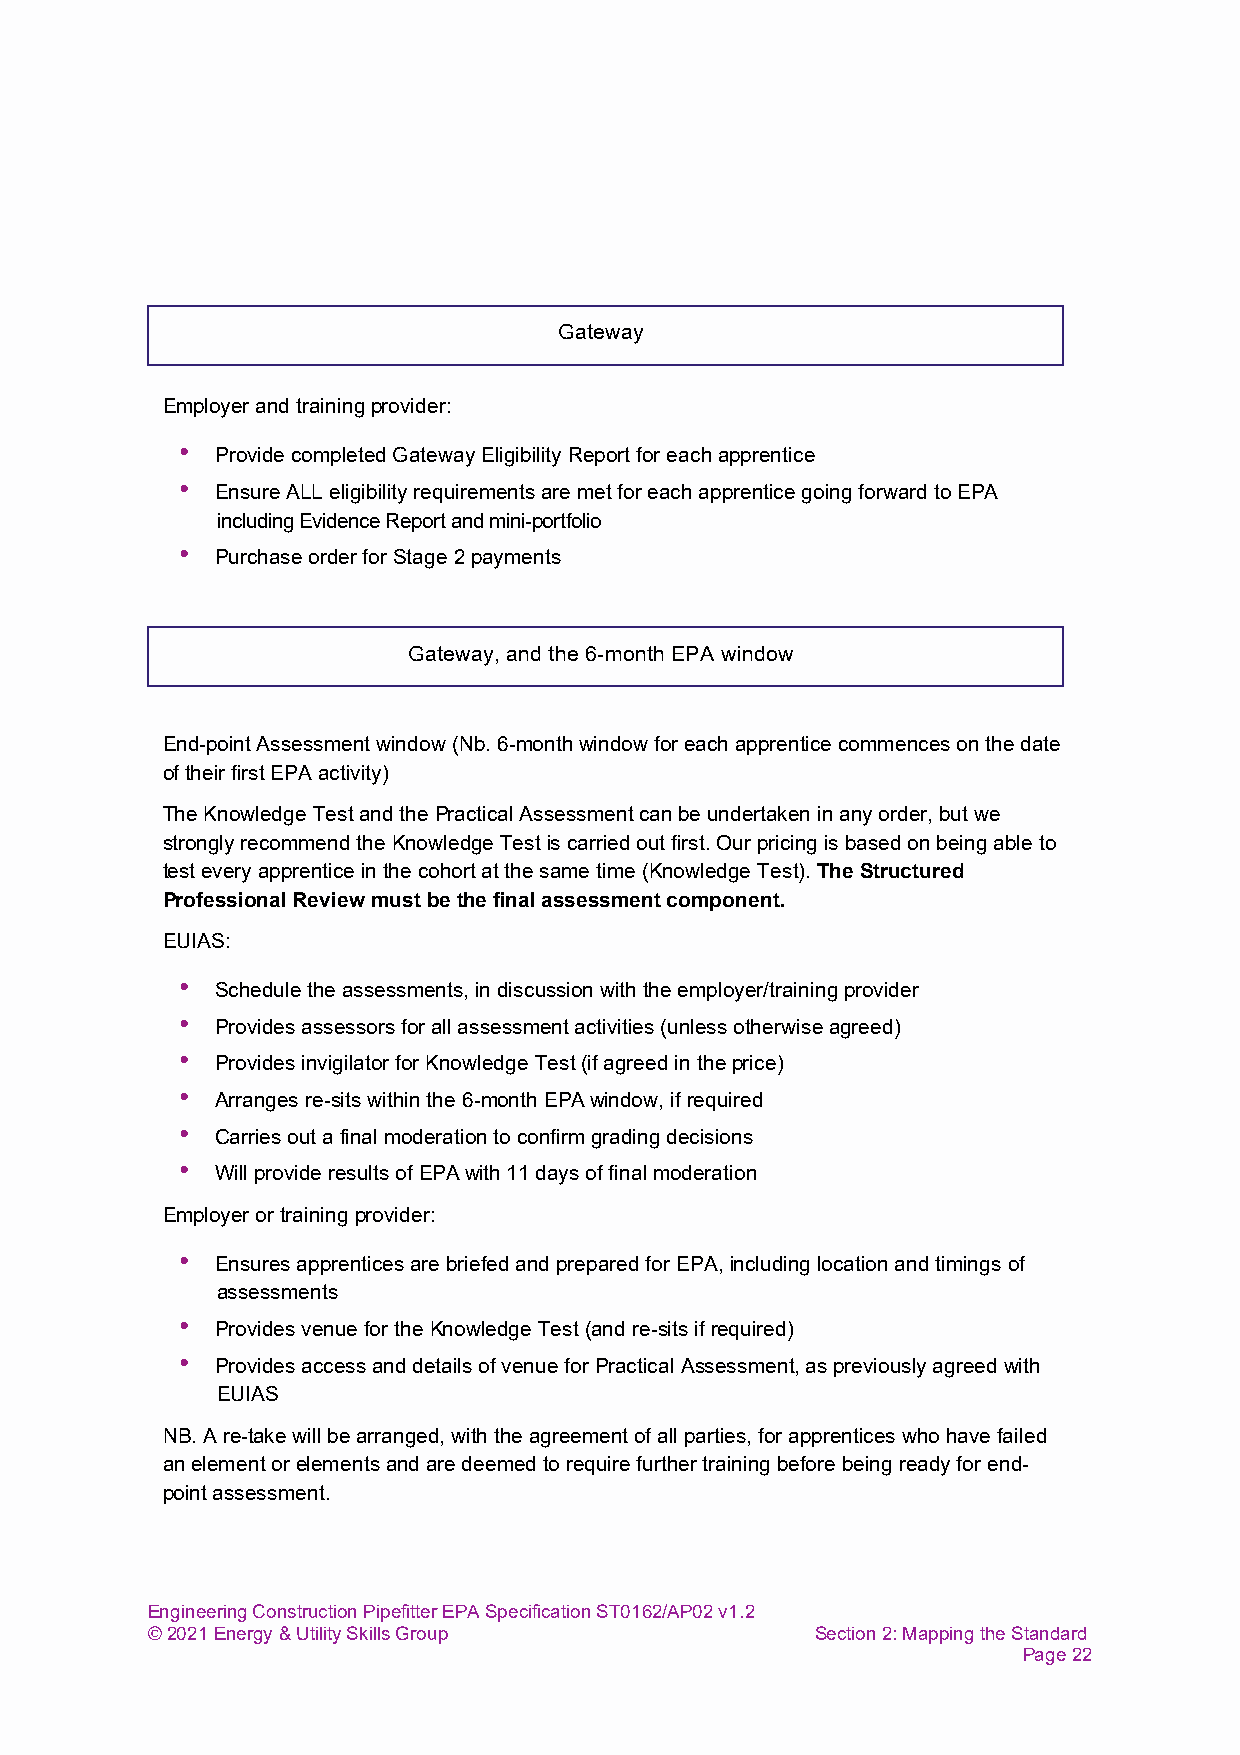
Gateway
 Employer and training provider:
 • Provide completed Gateway Eligibility Report for each apprentice
 • Ensure ALL eligibility requirements are met for each apprentice going forward to EPA
 including Evidence Report and mini-portfolio
 • Purchase order for Stage 2 payments
 Gateway, and the 6-month EPA window
 End-point Assessment window (Nb. 6-month window for each apprentice commences on the date
 of their first EPA activity)
 The Knowledge Test and the Practical Assessment can be undertaken in any order, but we
 strongly recommend the Knowledge Test is carried out first. Our pricing is based on being able to
 test every apprentice in the cohort at the same time (Knowledge Test). The Structured
 Professional Review must be the final assessment component.
 EUIAS:
 • Schedule the assessments, in discussion with the employer/training provider
 • Provides assessors for all assessment activities (unless otherwise agreed)
 • Provides invigilator for Knowledge Test (if agreed in the price)
 • Arranges re-sits within the 6-month EPA window, if required
 • Carries out a final moderation to confirm grading decisions
 • Will provide results of EPA with 11 days of final moderation
 Employer or training provider:
 • Ensures apprentices are briefed and prepared for EPA, including location and timings of
 assessments
 • Provides venue for the Knowledge Test (and re-sits if required)
 • Provides access and details of venue for Practical Assessment, as previously agreed with
 EUIAS
 NB. A re-take will be arranged, with the agreement of all parties, for apprentices who have failed
 an element or elements and are deemed to require further training before being ready for end-
 point assessment.
 Engineering Construction Pipefitter EPA Specification ST0162/AP02 v1.2
 © 2021 Energy & Utility Skills Group        Section 2: Mapping the Standard
 Page 22